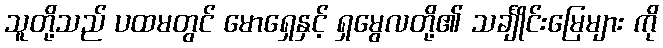
သူတို့သည် ပထမတွင် မောရှေနှင့် ရှမွေလတို့၏ သင်္ချိုင်းမြေများ ကို